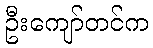
ဦးကျော်တင်က